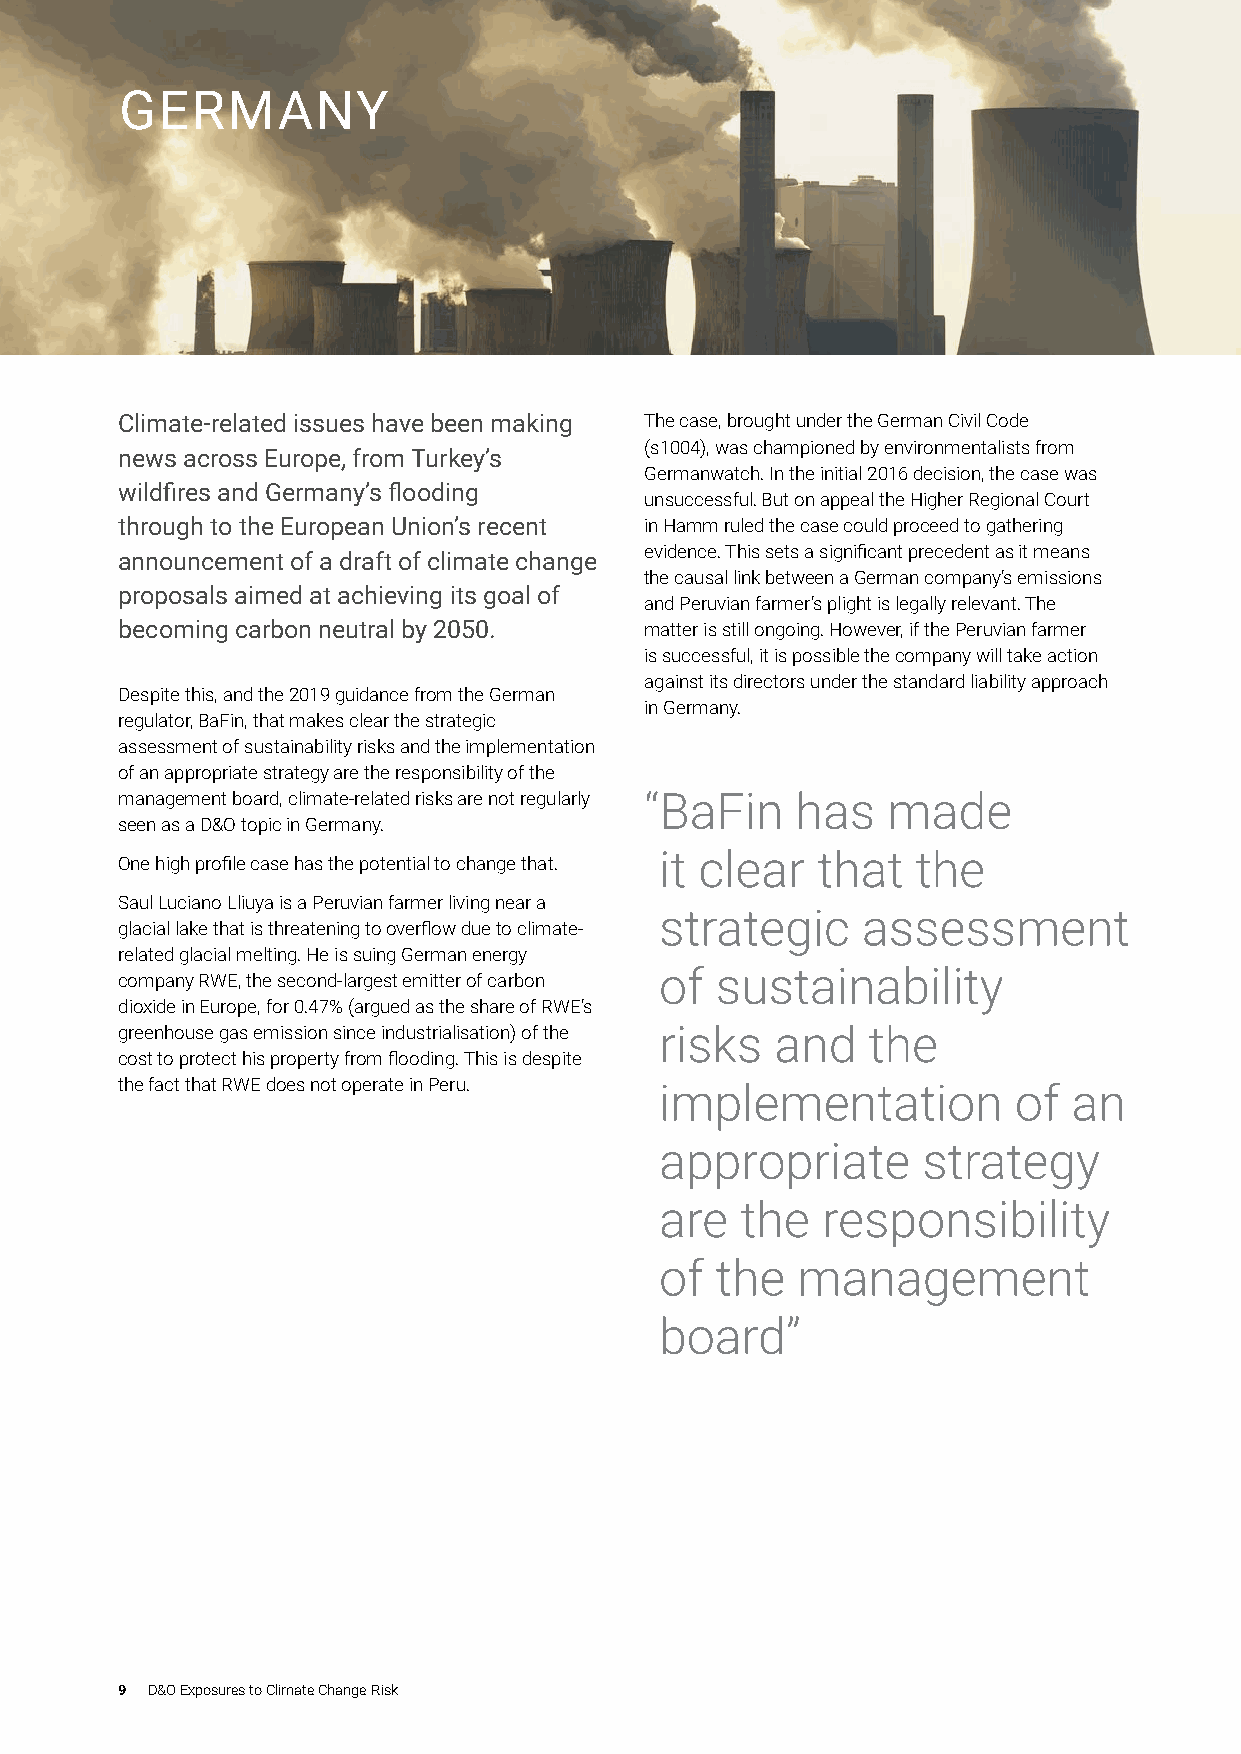
GERMANY
 Climate-related issues have been making The case, brought under the German Civil Code
 (s1004), was championed by environmentalists from
 news across Europe, from Turkey’s
 Germanwatch. In the initial 2016 decision, the case was
 wildfires and Germany’s flooding
 unsuccessful. But on appeal the Higher Regional Court
 through to the European Union’s recent in Hamm ruled the case could proceed to gathering
 evidence. This sets a significant precedent as it means
 announcement of a draft of climate change
 the causal link between a German company’s emissions
 proposals aimed at achieving its goal of
 and Peruvian farmer’s plight is legally relevant. The
 becoming carbon neutral by 2050.   matter is still ongoing. However, if the Peruvian farmer
 is successful, it is possible the company will take action
 against its directors under the standard liability approach
 Despite this, and the 2019 guidance from the German
 in Germany.
 regulator, BaFin, that makes clear the strategic
 assessment of sustainability risks and the implementation
 of an appropriate strategy are the responsibility of the
 management board, climate-related risks are not regularly “ BaFin has made
 seen as a D&O topic in Germany.
 One high profile case has the potential to change that. it clear that the
 Saul Luciano Lliuya is a Peruvian farmer living near a
 strategic    assessment
 glacial lake that is threatening to overflow due to climate-
 related glacial melting. He is suing German energy
 company RWE, the second-largest emitter of carbon of sustainability
 dioxide in Europe, for 0.47% (argued as the share of RWE’s
 greenhouse gas emission since industrialisation) of the risks and the
 cost to protect his property from flooding. This is despite
 the fact that RWE does not operate in Peru.
 implementation         of  an
 appropriate      strategy
 are  the  responsibility
 of the   management
 board”
 9 D&O Exposures to Climate Change Risk